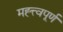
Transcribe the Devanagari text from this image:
मह्त्त्वपूर्ण